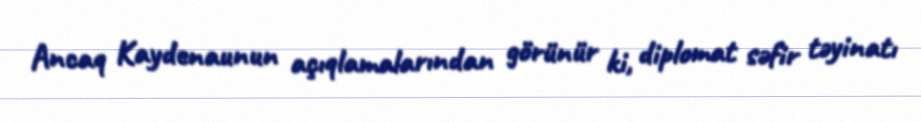
Ancaq Kaydenaunun açıqlamalarından görünür ki, diplomat səfir təyinatı